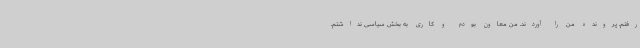
رفتم. پرونده من را آوردند. من معاون بودم و کاری به بخش سیاسی نداشتم.